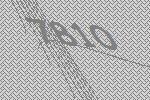
7810